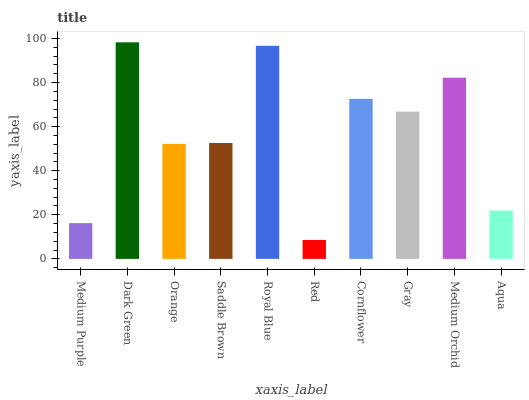
| xaxis_label | bars |
 | --- | --- |
 | Medium Purple | 16.2 |
 | Dark Green | 98.3 |
 | Orange | 52.2 |
 | Saddle Brown | 52.6 |
 | Royal Blue | 96.7 |
 | Red | 8.58 |
 | Cornflower | 72.6 |
 | Gray | 66.8 |
 | Medium Orchid | 82.2 |
 | Aqua | 21.9 |